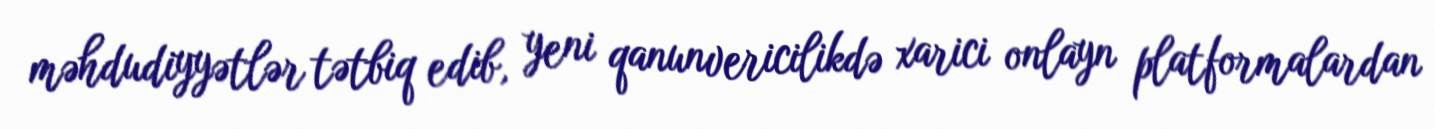
məhdudiyyətlər tətbiq edib, yeni qanunvericilikdə xarici onlayn platformalardan